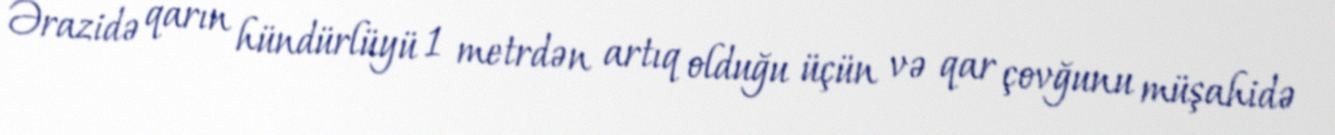
Ərazidə qarın hündürlüyü 1 metrdən artıq olduğu üçün və qar çovğunu müşahidə